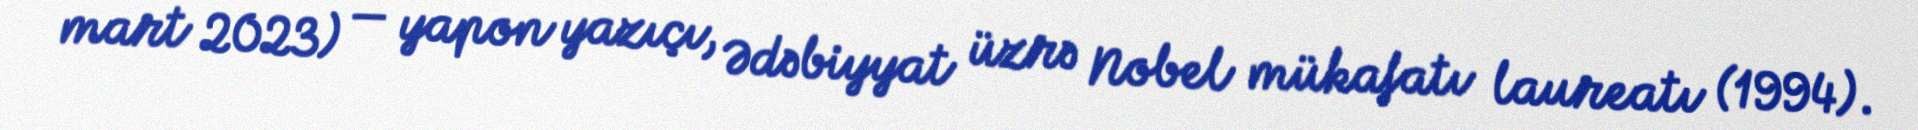
mart 2023) — yapon yazıçı, Ədəbiyyat üzrə Nobel mükafatı laureatı (1994).